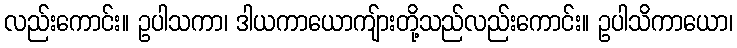
လည်းကောင်း။ ဥပါသကာ၊ ဒါယကာယောကျ်ားတို့သည်လည်းကောင်း။ ဥပါသိကာယော၊